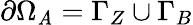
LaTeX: \partial\Omega_{\mathit{A}}=\Gamma_{Z}\cup\Gamma_{B}